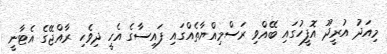
މިއަދު އުރީދޫ އޮފީހުގައި ބޭއްވި ރަސްމިއްޔާތެއްގައި ފައިސާގެ އެހީ ދިވެހި ރާއްޖޭގެ އެޓާނީ